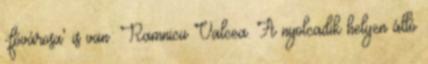
-fővárosa' is van: Ramnicu Valcea. A nyolcadik helyen álló